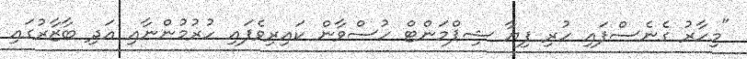
"މިހާރު ގެނެސްފައި ހުރި ފިޔާ ޝިޕްމަންޓް ހުސްވާން ކައިރިވެފައި ހުރުމުންނާއި އަދި ބާޒާރުގައި